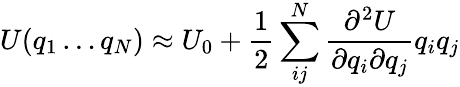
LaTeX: U(q_{1}\ldots q_{N})\approx U_{0}+\frac{1}{2}\sum_{ij}^{N}\frac{\partial^{2}U}{\partial q_{i}\partial q_{j}}q_{i}q_{j}